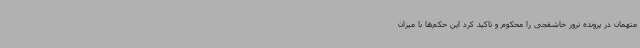
متهمان در پرونده ترور خاشقجی را محکوم و تاکید کرد این حکم‌ها با میزان